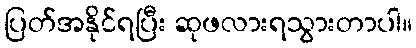
ပြတ်အနိုင်ရပြီး ဆုဖလားရသွားတာပါ။